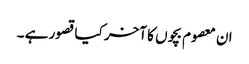
ان معصوم بچوں کا آخر کیا قصور ہے ۔